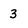
Character: 3